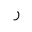
Letter: _ra